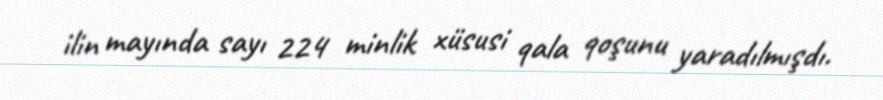
ilin mayında sayı 224 minlik xüsusi qala qoşunu yaradılmışdı.